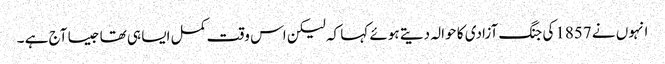
انہوں نے 1857کی جنگ آزادی کا حوالہ دیتے ہوئے کہا کہ لیکن اس وقت کمل ایسا ہی تھا جیسا آج ہے ۔